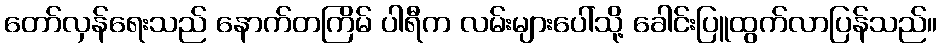
တော်လှန်ရေးသည် နောက်တကြိမ် ပါရီက လမ်းများပေါ်သို့ ခေါင်းပြူထွက်လာပြန်သည်။